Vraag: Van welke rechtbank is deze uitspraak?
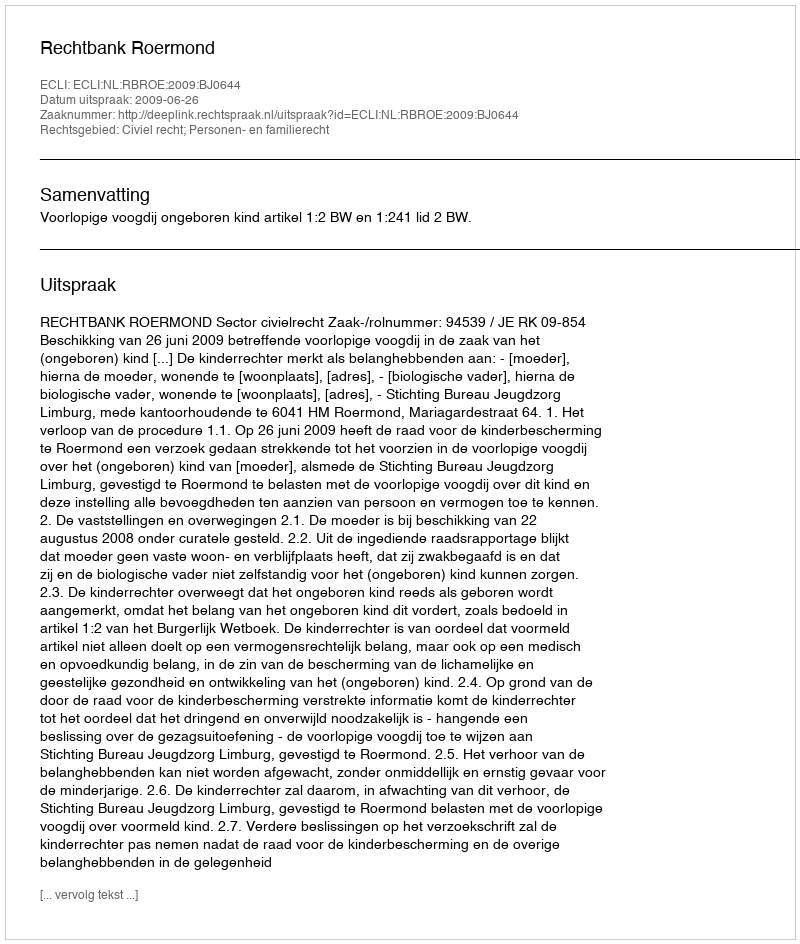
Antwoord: Rechtbank Roermond